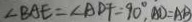
\angle B A E = \angle A D F = 9 0 ^ { \circ } , A D = A B